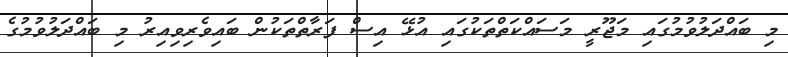
މި ބައްދަލުވުމުގައި މަޖޫރީ މަސައްކަތްތަކުގައި އުޅޭ އިސް ފަރާތްތަކުން ބައިވެރިވިއިރު މި ބައްދަލުވުމުގެ